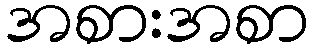
အစားအစာ